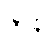
ဇာနိ